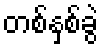
တစ်နှစ်ခွဲ